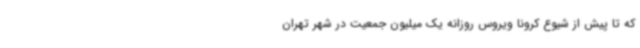
که تا پیش از شیوع کرونا ویروس روزانه یک میلیون جمعیت در شهر تهران